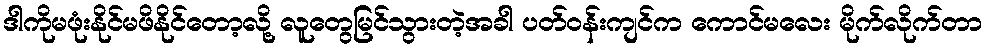
ဒါကိုမဖုံးနိုင်မဖိနိုင်တော့လို့ လူတွေမြင်သွားတဲ့အခါ ပတ်ဝန်းကျင်က ကောင်မလေး မိုက်လိုက်တာ